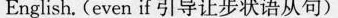
English.(even if引导让步状语从句)